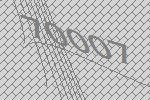
70007